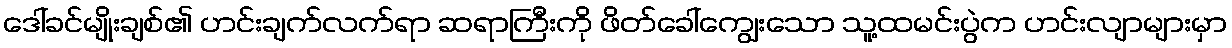
ဒေါ်ခင်မျိုးချစ်၏ ဟင်းချက်လက်ရာ ဆရာကြီးကို ဖိတ်ခေါ်ကျွေးသော သူ့ထမင်းပွဲက ဟင်းလျာများမှာ